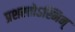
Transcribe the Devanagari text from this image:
प्रशस्तोऽस्मिन्